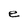
Character: e